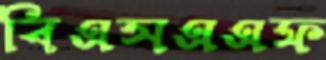
বিএসএএফ